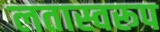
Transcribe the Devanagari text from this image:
लतास्वरूप